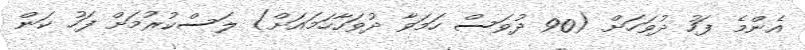
އެންމެ ފަހު ދުވަހަށް (90 ދުވަސް ހަމަވާ ދުވަހާހަމައަށް) ލަސްކުރުމަށް ފަހު ކަން